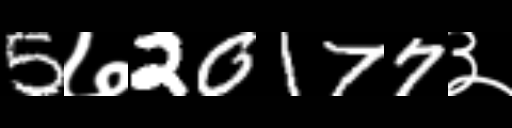
Text: 5७20177३